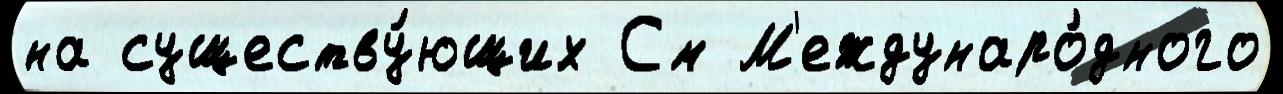
на существу́ющих См М'еждунаро́дного